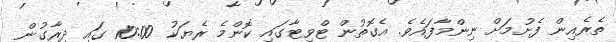
ތެރެއިން ފެށުމަށް ނިންމާފައެވެ. އެގޮތުން ޓްވިޓާގައި ކޮންމެ ރެޔަކު 10:00 ގައި ދިރާގުން